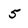
Character: 5